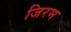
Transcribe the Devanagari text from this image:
जिरम